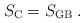
LaTeX: \begin{align*}S_{\mbox{\scriptsize C}}=S_{\mbox{\scriptsize GB}} \;.\end{align*}